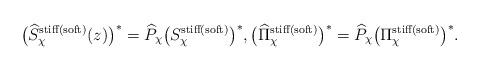
LaTeX: \begin{align*}\bigl(\widehat{S}_\chi^{\rm stiff(soft)}(z)\bigr)^* = \widehat{P}_\chi \bigl(S_\chi^{\rm stiff(soft)} \bigr)^* , \bigl(\widehat{\Pi}_\chi^{\rm stiff(soft)} \bigr)^* = \widehat{P}_\chi\bigl(\Pi_\chi^{\rm stiff(soft)} \bigr)^*.\end{align*}